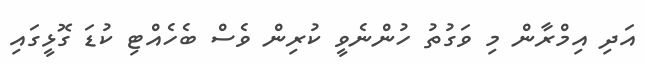
އަދި އިމްރާން މި ވަގުތު ހުންނެވީ ކުރިން ވެސް ބެހެއްޓި ކުޑަ ގޮޅީގައި